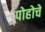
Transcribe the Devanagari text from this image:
पोहोचे